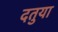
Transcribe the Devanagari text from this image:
दतुया